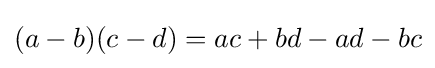
(a-b)(c-d)=ac+bd-ad-bc